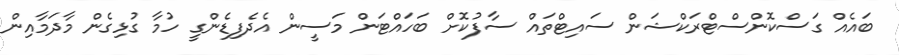
ބައެއް ގަސްކޮންސްޓްރަކްޝަން ސައިޓްތައް ސާފުކޮށް ބަހައްޓަން މަސީން އެދެފިޑެންގީ ހުމާ ގުޅިގެން މާދަމާއިން